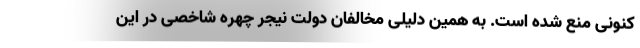
کنونی منع شده است. به همین دلیلی مخالفان دولت نیجر چهره شاخصی در این